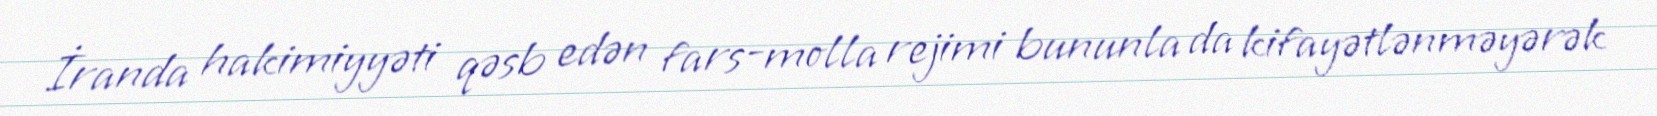
İranda hakimiyyəti qəsb edən fars-molla rejimi bununla da kifayətlənməyərək